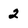
Character: 2